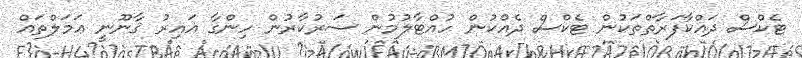
ޓެކްސް ދައްކާފަރާތްތަކުން ޓެކްސް ދެއްކުން ހުއްޓާލުމުން ސަރުކާރުން ހިންގާ ޣައިރު ޤާނޫނީ ޢަމަލްތައް